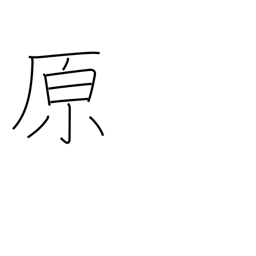
Meaning: prairie